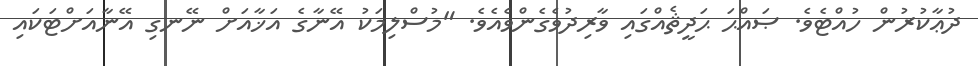
ދުޢާކުރުން ހުއްޓެވެ. ޞައްޙަ ޙަދީޘެއްގައި ވާރިދުވެގެންވެއެވެ. "މުސްލިމަކު އޭނާގެ އަޚާއަށް ނޭނގި އޭނާއަށްޓަކައި